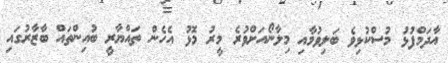
އާދަމްފުޅު މުސްކުޅިވެ ބަލިވުމާއި މިލާނޯއަށްވުރެ މީރު މޮޅު އެހެން ތައްޔާރީ ބުއިންތައް ބާޒާރުގައި